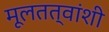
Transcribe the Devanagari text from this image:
मूलतत्वांशी